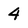
Character: 4